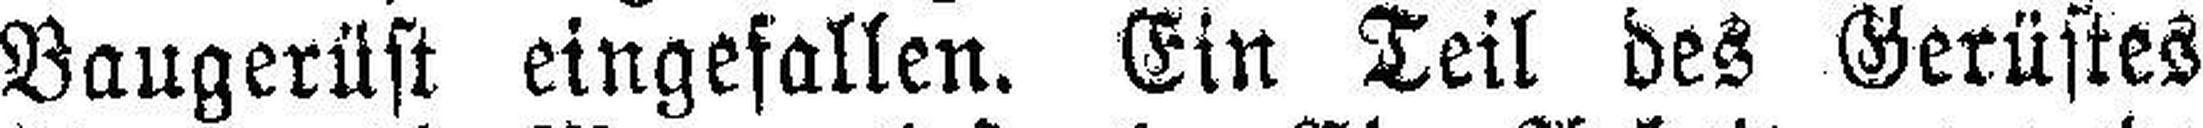
Baugerüst eingefallen. Ein Teil des Gerüstes